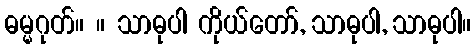
ဓမ္မဂုတ်။ ။ သာဓုပါ ကိုယ်တော်, သာဓုပါ, သာဓုပါ။